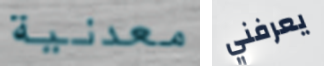
معدنية يعرفني